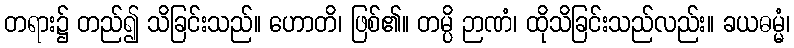
တရား၌ တည်၍ သိခြင်းသည်။ ဟောတိ၊ ဖြစ်၏။ တမ္ပိ ဉာဏံ၊ ထိုသိခြင်းသည်လည်း။ ခယဓမ္မံ၊